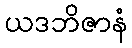
ယဒဘိဇာနံ